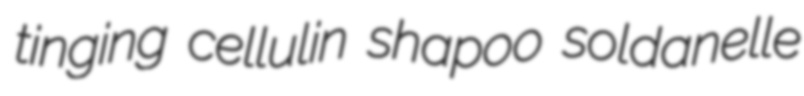
tinging cellulin shapoo soldanelle